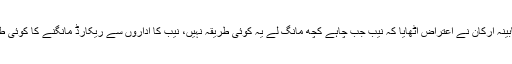
وزیراعظم اور کابینہ ارکان نے اعتراض اٹھایا کہ نیب جب چاہے کچھ مانگ لے یہ کوئی طریقہ نہیں، نیب کا اداروں سے ریکارڈ مانگنے کا کوئی طریقہ ہونا چاہیے۔